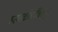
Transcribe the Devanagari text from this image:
हत्याकांडाविरुद्ध